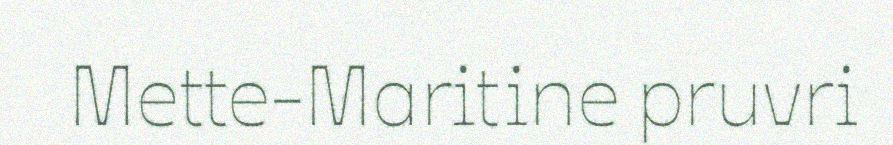
Mette-Maritine pruvri